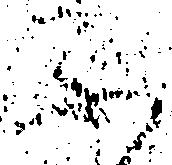
不